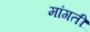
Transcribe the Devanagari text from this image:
मांगतीं